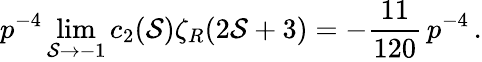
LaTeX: p^{-4}\operatorname*{lim}_{\mathcal{S}\to-1}c_{2}(\mathcal{S})\zeta_{R}(2\mathcal{S}+3)=-\frac{{11}}{{120}}\, p^{-4}\, .